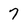
Character: 7